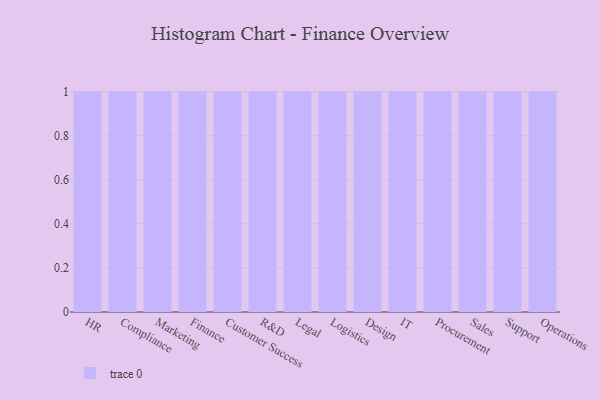
{"axis": {"x": "Department", "y": "Satisfaction Score"}, "legend": [""], "data": [{"x": "HR", "y": 13, "type": ""}, {"x": "Compliance", "y": 40, "type": ""}, {"x": "Marketing", "y": 91, "type": ""}, {"x": "Finance", "y": 27, "type": ""}, {"x": "Customer Success", "y": 19, "type": ""}, {"x": "R&D", "y": 55, "type": ""}, {"x": "Legal", "y": 63, "type": ""}, {"x": "Logistics", "y": 90, "type": ""}, {"x": "Design", "y": 4, "type": ""}, {"x": "IT", "y": 81, "type": ""}, {"x": "Procurement", "y": 87, "type": ""}, {"x": "Sales", "y": 45, "type": ""}, {"x": "Support", "y": 86, "type": ""}, {"x": "Operations", "y": 76, "type": ""}]}